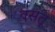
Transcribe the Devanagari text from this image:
वसतू